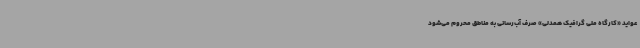
عواید «کارگاه ملی گرافیک همدلی» صرف آب‌رسانی به مناطق محروم می‌شود